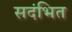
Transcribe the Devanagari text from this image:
सदंभित